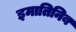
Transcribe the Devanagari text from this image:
इमातिनिब